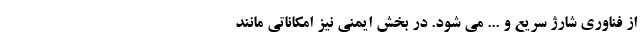
از فناوری شارژ سریع و ... می شود. در بخش ایمنی نیز امکاناتی مانند